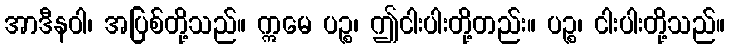
အာဒီနဝါ၊ အပြစ်တို့သည်။ ဣမေ ပဉ္စ၊ ဤငါးပါးတို့တည်း။ ပဉ္စ၊ ငါးပါးတို့သည်။